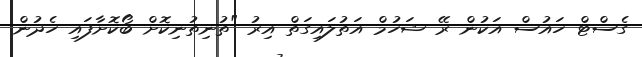
ގެސްޓް ހައުސް އަކުން ރޭ ޝަހުމް އަތުލައިގަތް އިރު "ތުނިތުނިކޮށް ބޯކޮށާފައި ހެދުން